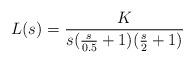
LaTeX: \begin{align*} L(s)=\frac{K}{s(\frac{s}{0.5}+1)(\frac{s}{2}+1)}\end{align*}